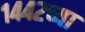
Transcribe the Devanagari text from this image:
१४४२च्या